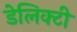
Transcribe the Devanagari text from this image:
डेलिक्टी